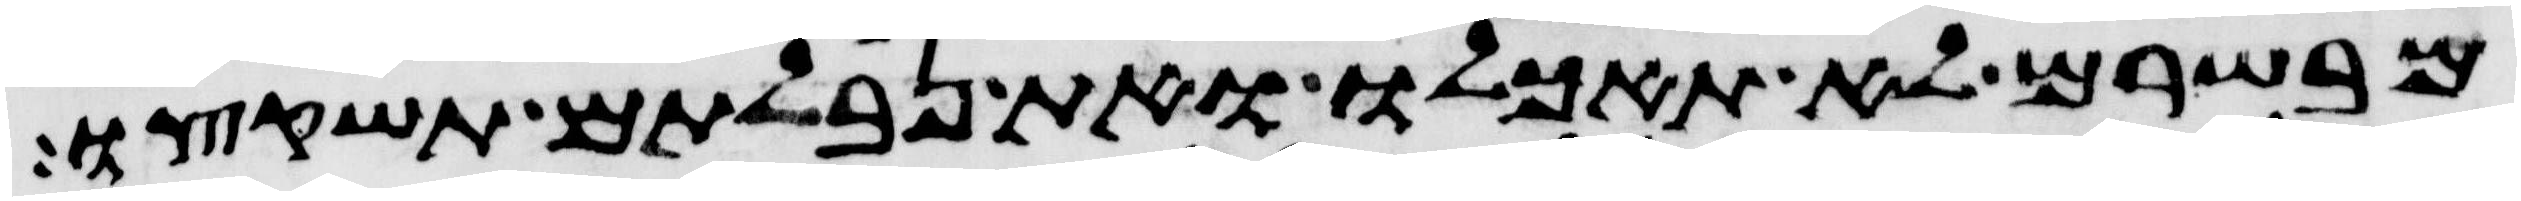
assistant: מבשרם לא תאכלו ואת נבלתם תשקצו